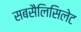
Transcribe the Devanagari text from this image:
सबसैलिसिलेट